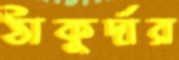
ঠাকুর্দার